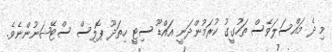
މި ދެ މައްސަލަވެސް ތަހުގީގު ކުރަމުންދަނީ އައްޑޫ ސިޓީ ހިތަދޫ ޕޮލިސް ސްޓޭޝަނުންނެވެ.